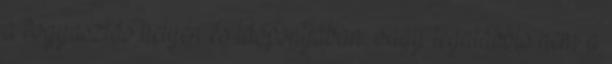
a fogyasztás helyén és időpontjában, vagy legalábbis nem a